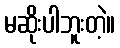
မဆိုးပါဘူးတဲ့။